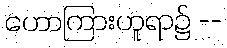
ဟောကြားဟူရာ၌ --